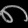
Digit: ၈